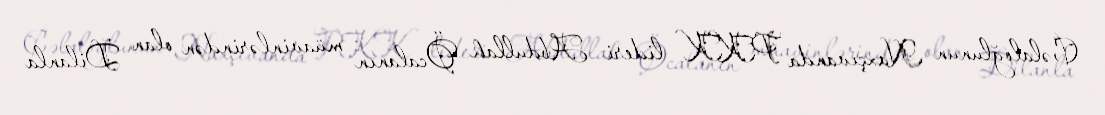
Cəlaloğlunun Naxçıvanda PKK lideri Abdullah Öcalanın müavinlərindən olan Dilanla